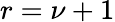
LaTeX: r=\nu+1